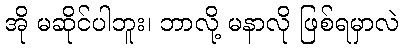
အို မဆိုင်ပါဘူး၊ ဘာလို့ မနာလို ဖြစ်ရမှာလဲ